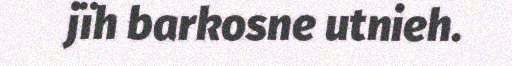
jïh barkosne utnieh.